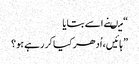
“ میںنے اسے بتایا
” ہائیں ، اُدھر کیا کر رہے ہو؟